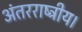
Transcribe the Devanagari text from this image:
अंतरराष्ट्रीय।